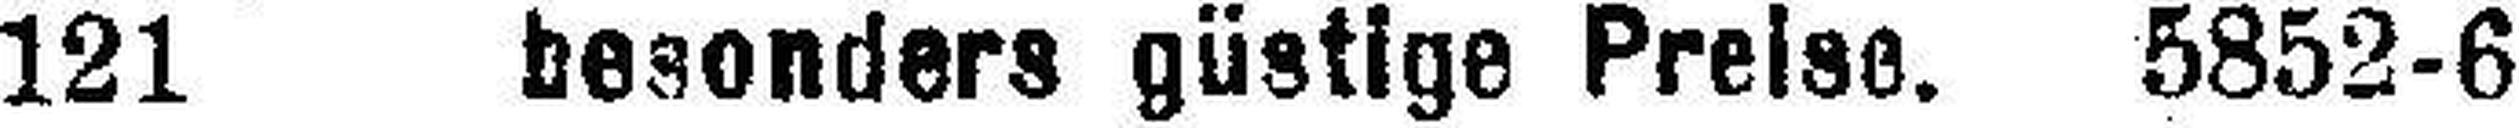
121 besonders güstige Preise. 5852-6